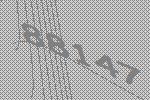
88147